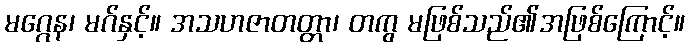
မဂ္ဂေန၊ မဂ်နှင့်။ အသဟဇာတတ္တာ၊ တကွ မဖြစ်သည်၏အဖြစ်ကြောင့်။